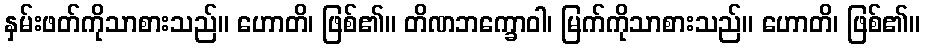
နှမ်းဖတ်ကိုသာစားသည်။ ဟောတိ၊ ဖြစ်၏။ တိဏဘက္ခောဝါ၊ မြက်ကိုသာစားသည်။ ဟောတိ၊ ဖြစ်၏။